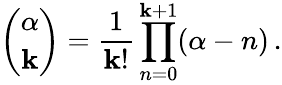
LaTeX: \binom{\alpha}{\mathbf{k}}=\frac{{1}}{{\mathbf{k}!}}\prod_{n=0}^{\mathbf{k}+1}(\alpha-n)\, .